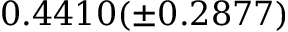
0 . 4 4 1 0 ( \pm 0 . 2 8 7 7 )